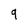
Character: 9